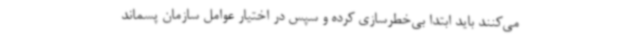
می‌کنند باید ابتدا بی‌خطرسازی کرده و سپس در اختیار عوامل سازمان پسماند